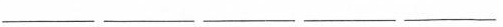
___ ___ ___ ___ ___